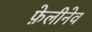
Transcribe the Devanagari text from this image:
फ़ेलीनेव